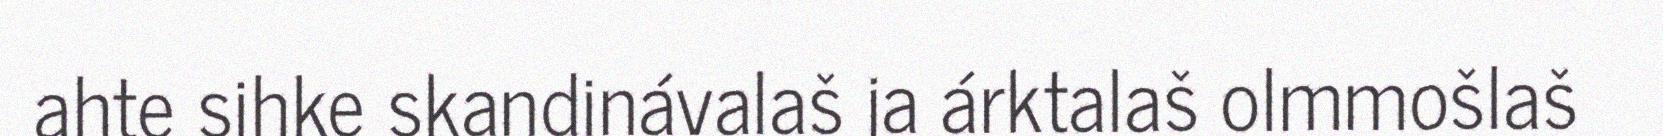
ahte sihke skandinávalaš ja árktalaš olmmošlaš